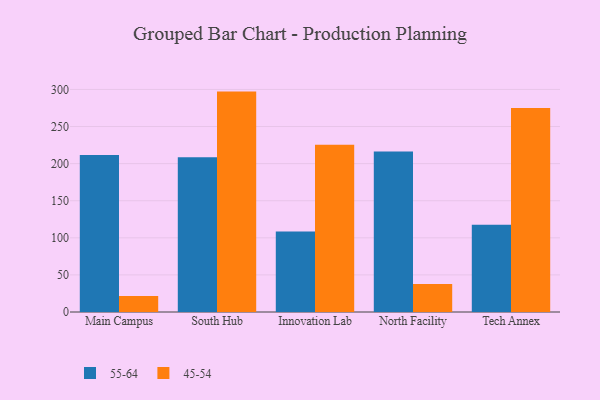
{"axis": {"x": "Campus", "y": "Backlog"}, "legend": ["45-54", "55-64"], "data": [{"x": "Main Campus", "y": 211.5, "type": "55-64"}, {"x": "Main Campus", "y": 21.7, "type": "45-54"}, {"x": "South Hub", "y": 208.5, "type": "55-64"}, {"x": "South Hub", "y": 297.1, "type": "45-54"}, {"x": "Innovation Lab", "y": 108.5, "type": "55-64"}, {"x": "Innovation Lab", "y": 225.5, "type": "45-54"}, {"x": "North Facility", "y": 216.5, "type": "55-64"}, {"x": "North Facility", "y": 37.6, "type": "45-54"}, {"x": "Tech Annex", "y": 117.7, "type": "55-64"}, {"x": "Tech Annex", "y": 274.9, "type": "45-54"}]}